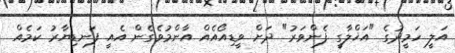
އަލީ ހަމީދުގެ "އަޚްލާގީ ފެންވަރު" ދަށް ވީޑިއޯއެއް އާންމުވެގެން އެއީ ފަނޑިޔާރު ކަމެއް